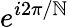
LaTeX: e^{i2\pi/\mathbb{N}}